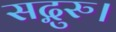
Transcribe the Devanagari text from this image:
सद्गुरु।